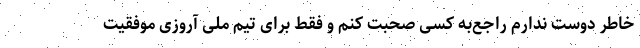
خاطر دوست ندارم راجع‌به کسی صحبت کنم و فقط برای تیم ملی آروزی موفقیت